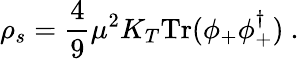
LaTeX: \rho_{s}=\frac 49\mu^{2}K_{T}\mathrm{Tr}(\phi_{+}\phi_{+}^{\dagger})\ .